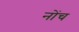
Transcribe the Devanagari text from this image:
नोंच